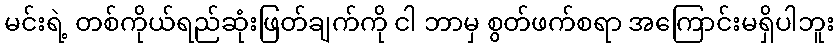
မင်းရဲ့ တစ်ကိုယ်ရည်ဆုံးဖြတ်ချက်ကို ငါ ဘာမှ စွတ်ဖက်စရာ အကြောင်းမရှိပါဘူး